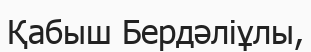
Қабыш Бердәліұлы,